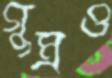
গুম্‌রও